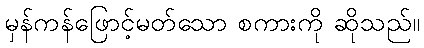
မှန်ကန်ဖြောင့်မတ်သော စကားကို ဆိုသည်။